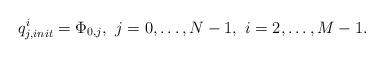
LaTeX: \begin{align*}q_{j,init}^{i}=\Phi _{0,j},\ j=0,\dots ,N-1,\ i=2,\dots ,M-1.\end{align*}